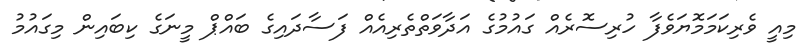
މިއީ ވެރިކަމަމޮޔަވެފާ ހުރިސޮރެއް ގައުމުގެ އަދާވަތްތެރިއެއް ފަސާދައިގެ ބައްޕް މީނަގެ ކިބައިން މިގައުމު